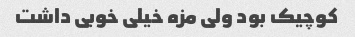
کوچیک بود ولی مزه خیلی خوبی داشت